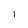
Character: 1